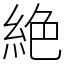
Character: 絶